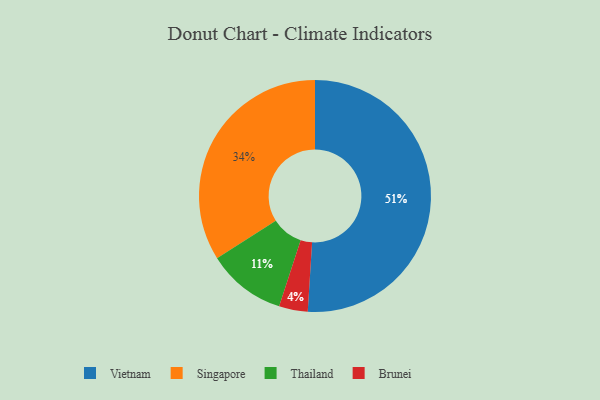
{"axis": {"x": "Category", "y": "Percentage"}, "legend": ["Brunei", "Singapore", "Thailand", "Vietnam"], "data": [{"x": "Thailand", "y": 11, "type": "Thailand"}, {"x": "Vietnam", "y": 51, "type": "Vietnam"}, {"x": "Singapore", "y": 34, "type": "Singapore"}, {"x": "Brunei", "y": 4, "type": "Brunei"}]}